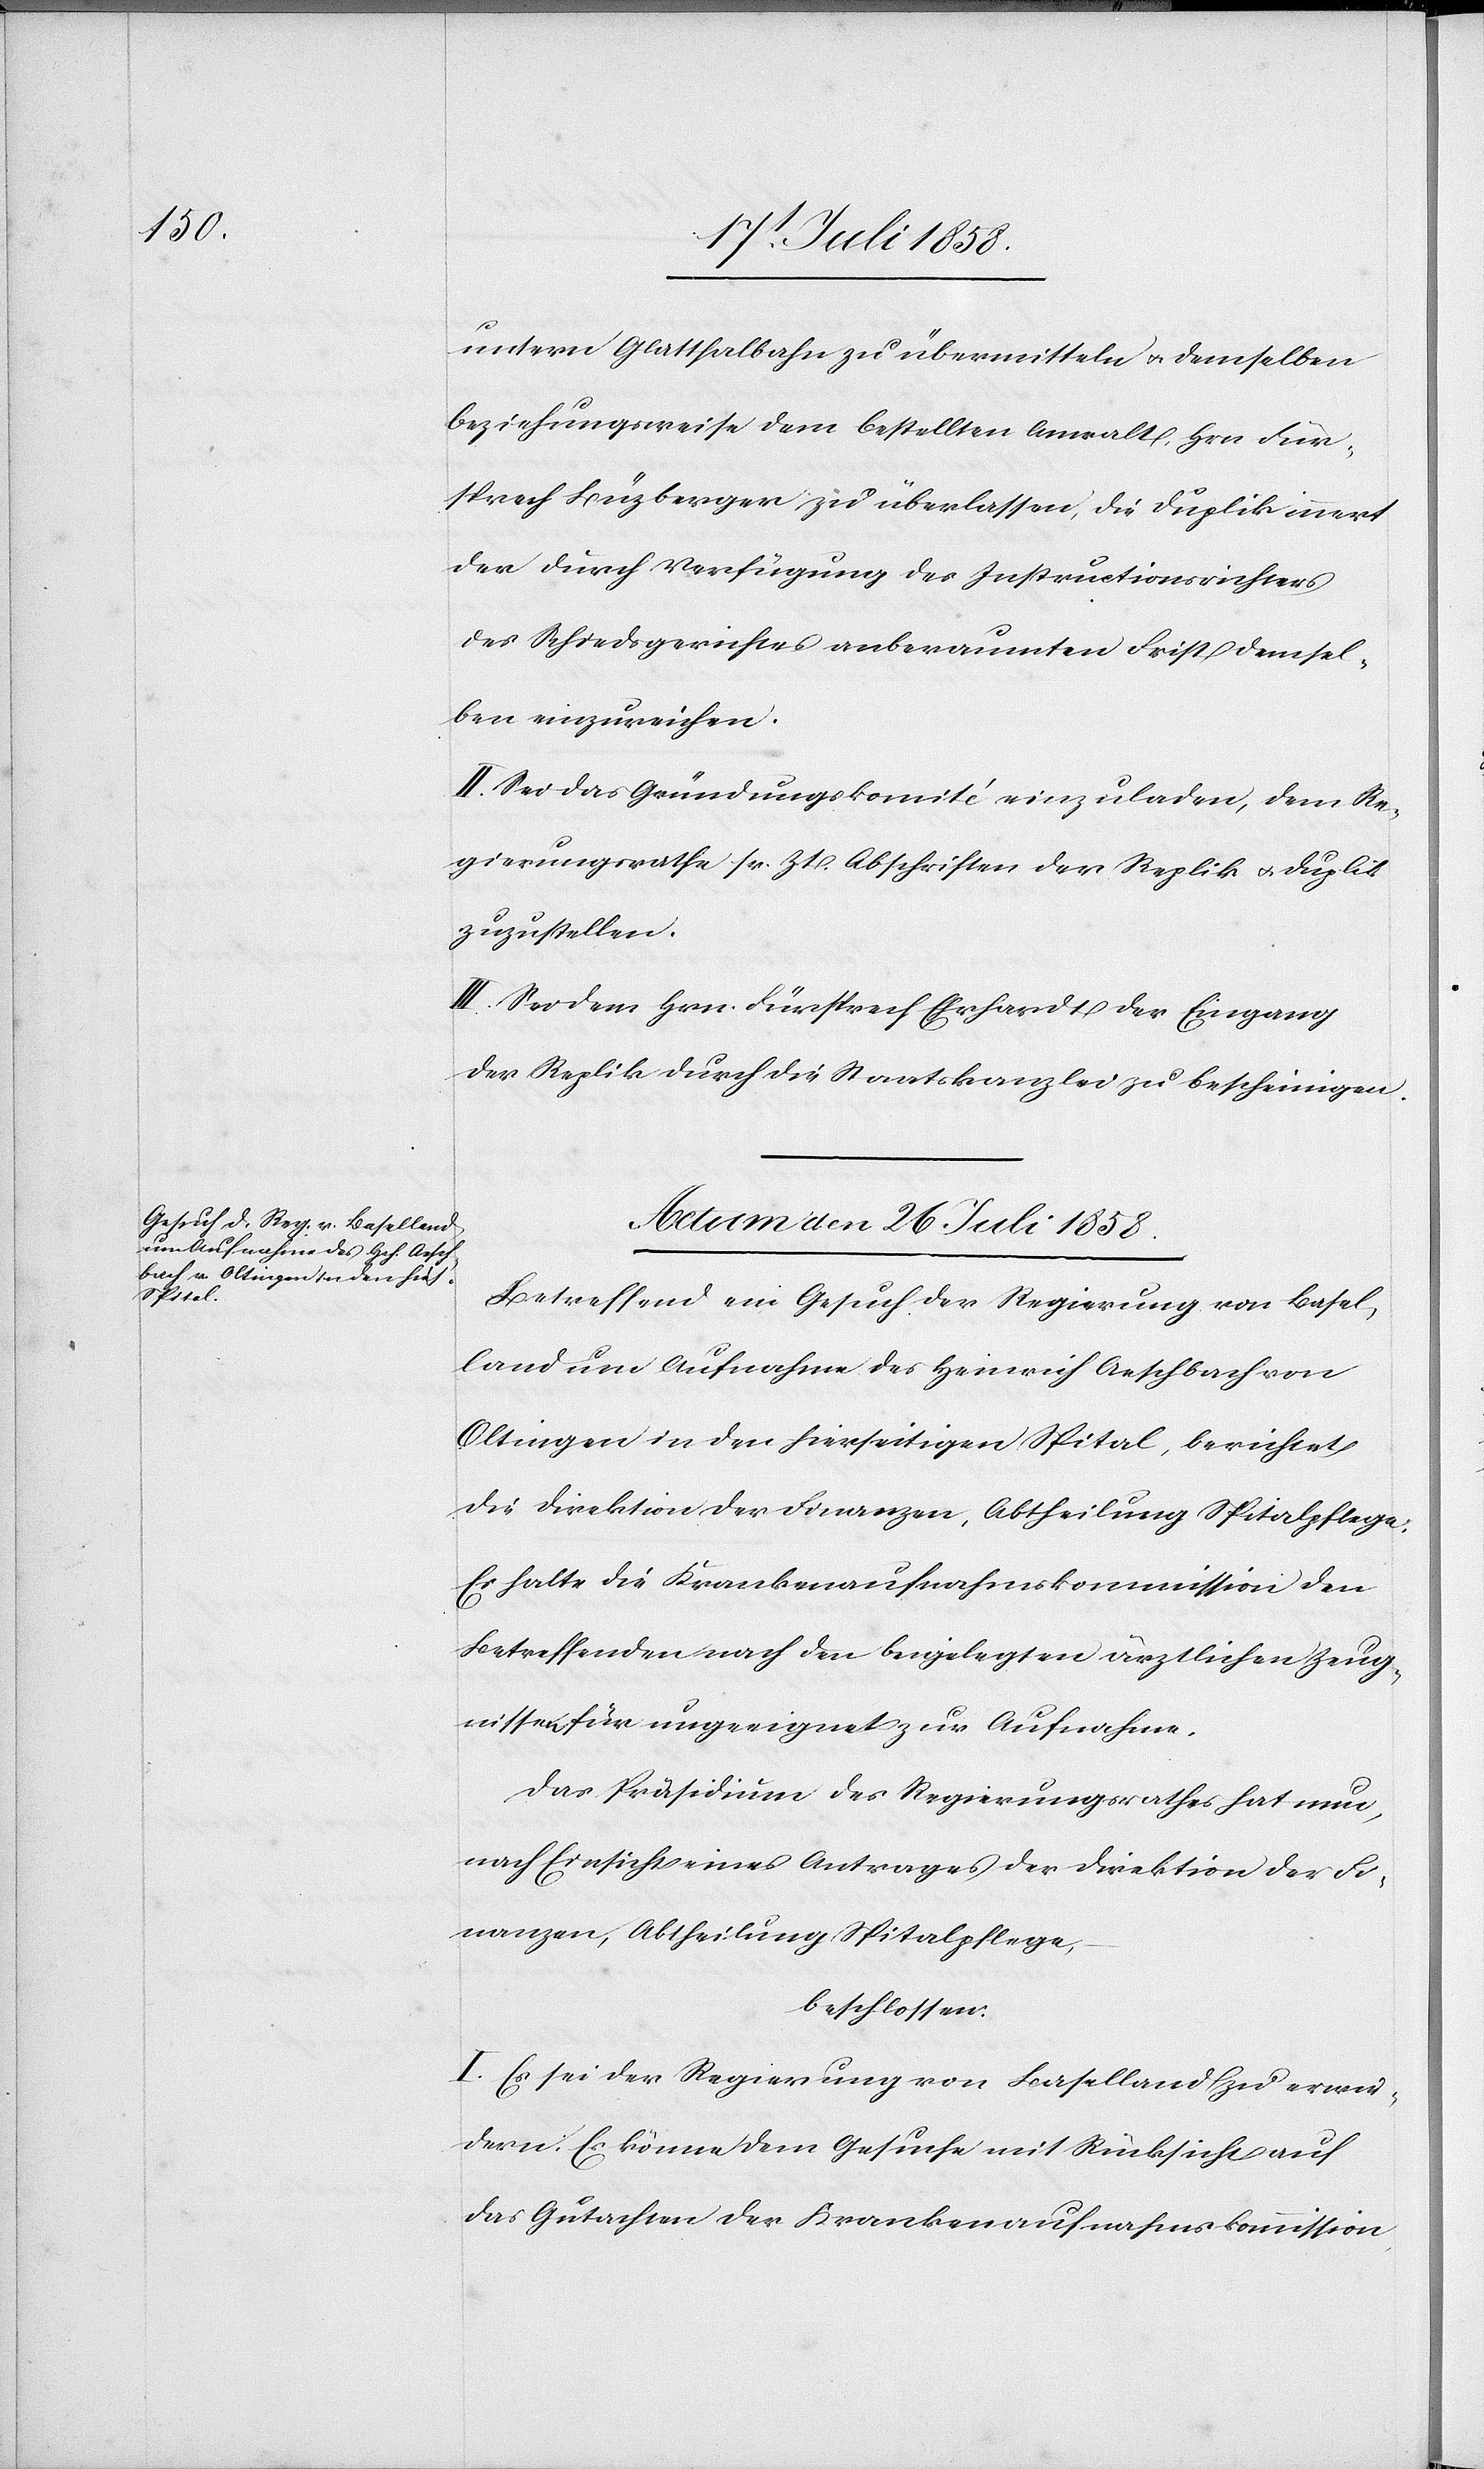
untern Glatthalbahn zu übermitteln & demselben
beziehungsweise dem bestellten Anwalt, Hrn. Für¬
sprech Büzberger zu überlassen, die Duplik innert
der durch Verfügung des Instructionsrichters
des Schiedsgerichtes anberaumten Frist demsel¬
ben einzureichen.
II. Sei das Gründungskomité einzuladen, dem Re¬
gierungsrathe sr. Zt. Abschriften der Replik & Duplik
zuzustellen.
III. Sei dem Hrn. Fürsprech Ehrhardt [sic!] der Eingang
der Replik durch die Staatskanzlei zu bescheinigen.
Actum den 26 Juli 1858.
Betreffend ein Gesuch der Regierung von Basel¬
land um Aufnahme des Heinrich Aeschbach von
Oltingen in den hierseitigen Spital, berichtet
die Direktion der Finanzen, Abtheilung Spitalpflege:
Es halte die Krankenaufnahmskommission den
Betreffenden nach den beigelegten ärztlichen Zeug¬
nissen für ungeeignet zur Aufnahme.
Das Präsidium des Regierungsrathes hat nun,
nach Einsicht eines Antrages der Direktion der Fi¬
nanzen, Abtheilung Spitalpflege,
beschlossen:
I. Es sei der Regierung von Baselland zu erwie¬
dern: Es könne dem Gesuche mit Rücksicht auf
das Gutachten der Krankenaufnahmskommission,